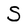
Character: S